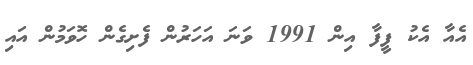
އެއާ އެކު ފީފާ އިން 1991 ވަނަ އަހަރުން ފެށިގެން ހޮވަމުން އައި